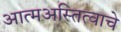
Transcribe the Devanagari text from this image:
आत्मअस्तित्वाचे